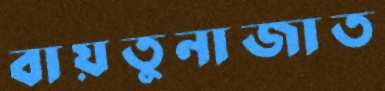
বায়তুনাজাত